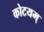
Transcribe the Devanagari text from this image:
कोटयम्